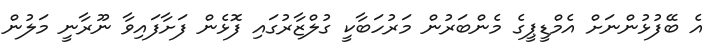
އެ ބޭފުޅުންނަށް އެމްޑީޕީގެ މެންބަރުން މަރުހަބާކީ ގުލްޒާރުގައި ފޮޅެން ފަށާފައިވާ ނޫރާނީ މަލުން